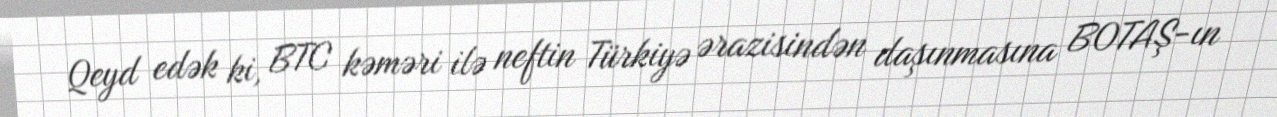
Qeyd edək ki, BTC kəməri ilə neftin Türkiyə ərazisindən daşınmasına BOTAŞ-ın